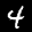
Label: 4